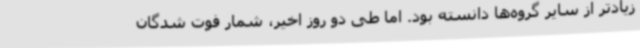
زیادتر از سایر گروه‌ها دانسته بود. اما طی دو روز اخیر، شمار فوت شدگان